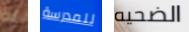
له للمدرسة الضحيه